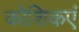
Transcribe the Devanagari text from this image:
कोशिकएं